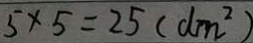
5 \times 5 = 2 5 ( d m ^ { 2 } )